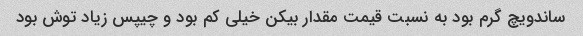
ساندویچ گرم بود به نسبت قیمت مقدار بیکن خیلی کم بود و چیپس زیاد توش بود